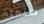
صنعته